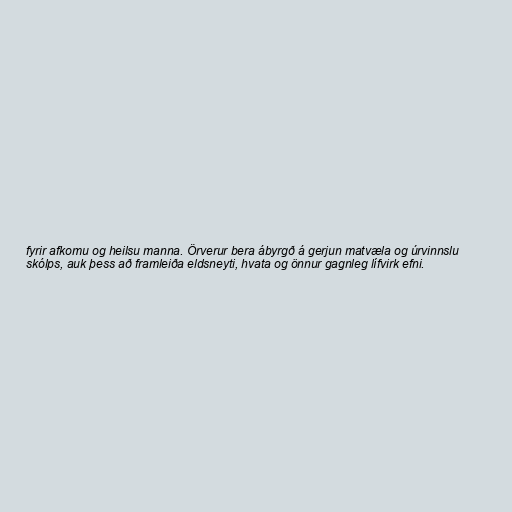
fyrir afkomu og heilsu manna. Örverur bera ábyrgð á gerjun matvæla og úrvinnslu
skólps, auk þess að framleiða eldsneyti, hvata og önnur gagnleg lífvirk efni.